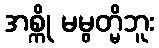
အစ္ကို မမွတ္မိဘူး